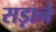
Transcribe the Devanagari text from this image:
सड़ाने